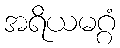
အရိယမဂ္ဂံ